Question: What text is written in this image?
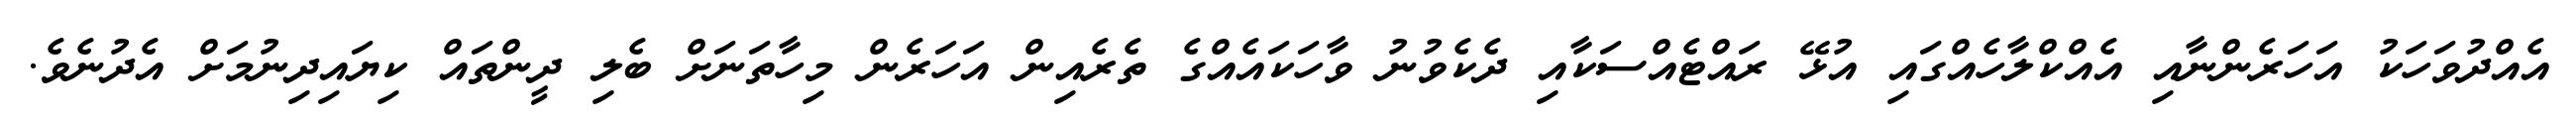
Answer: އެއްދުވަހަކު އަހަރެންނާއި އެއްކްލާހެއްގައި އުޅޭ ރައްޓެއްސަކާއި ދެކެވުނު ވާހަކައެއްގެ ތެރެއިން އަހަރެން މިހާތަނަށް ބެލި ދީންތައް ކިޔައިދިނުމަށް އެދުނެވެ.